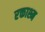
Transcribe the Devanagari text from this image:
रक्ताश्म